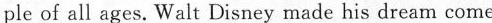
ple of all ages. Walt Disney made his dream come